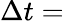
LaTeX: \Delta t=